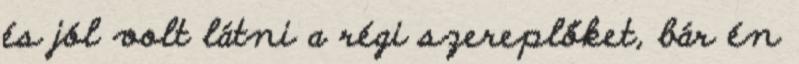
és jól volt látni a régi szereplőket, bár én